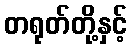
တရုတ်တို့နှင့်